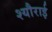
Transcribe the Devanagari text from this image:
श्यौराई